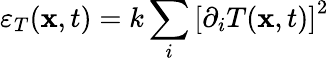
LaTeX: \varepsilon_{T}(\mathbf{x},t)=k\sum_{i}\left[\partial_{i}T(\mathbf{x},t)\right]^{2}